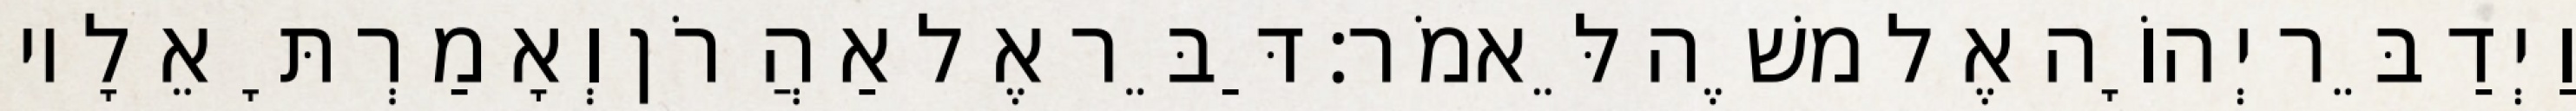
וַיְדַבֵּר יְהוָֹה אֶל משֶׁה לֵּאמֹר׃ דַּבֵּר אֶל אַהֲרֹן וְאָמַרְתָּ אֵלָיו